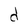
Character: d